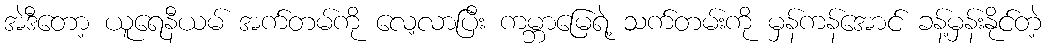
အဲဒီတော့ ယူရေနီယမ် အက်တမ်ကို လေ့လာပြီး ကမ္ဘာမြေရဲ့ သက်တမ်းကို မှန်ကန်အောင် ခန့်မှန်းနိုင်တဲ့